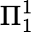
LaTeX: \Pi_{1}^{1}